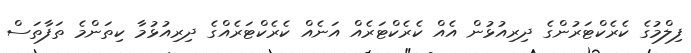
ފިލްމުގެ ކެރެކްޓަރުންގެ ދިރިއުޅުން އެއް ކެރެކްޓަރެއް އަނެއް ކެރެކްޓަރެއްގެ ދިރިއުޅުމާ ކިތަންމެ ތަފާތަސް